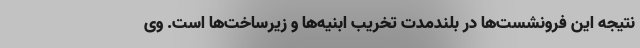
نتیجه این فرونشست‌ها در بلندمدت تخریب ابنیه‌ها و زیرساخت‌ها است. وی